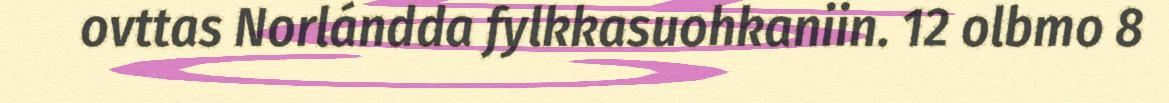
ovttas Norlándda fylkkasuohkaniin. 12 olbmo 8